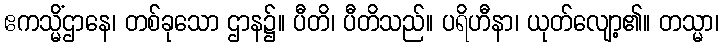
ဧကသ္မိံဌာနေ၊ တစ်ခုသော ဌာန၌။ ပီတိ၊ ပီတိသည်။ ပရိဟီနာ၊ ယုတ်လျော့၏။ တသ္မာ၊